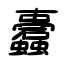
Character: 蠹